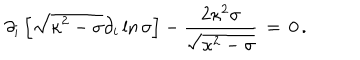
LaTeX: \partial _ { i } \left[ \sqrt { \kappa ^ { 2 } - \sigma } \partial _ { i } \ln { \sigma } \right] - { \frac { 2 \kappa ^ { 2 } \sigma } { \sqrt { \kappa ^ { 2 } - \sigma } } } \, = \, 0 \, .